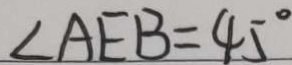
\angle A E B = 4 5 ^ { \circ }